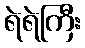
ရဲရဲကြီး